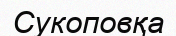
Сукоповқа